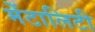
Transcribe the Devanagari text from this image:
मेंटालिटी